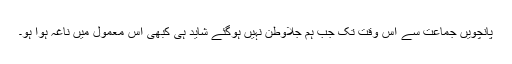
پانچویں جماعت سے اس وقت تک جب ہم جلاوطن نہیں ہوگئے شاید ہی کبھی اس معمول میں ناغہ ہوا ہو۔